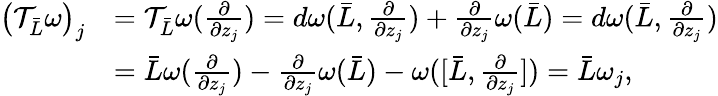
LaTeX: \begin{array}{rl}{\left(\mathcal{T}_{\bar{L}}\omega\right)_{j}}&{=\mathcal{T}_{\bar{L}}\omega(\frac{\partial}{\partial z_{j}})=d\omega(\bar{L},\frac{\partial}{\partial z_{j}})+\frac{\partial}{\partial z_{j}}\omega(\bar{L})=d\omega(\bar{L},\frac{\partial}{\partial z_{j}})}\\ &{=\bar{L}\omega(\frac{\partial}{\partial z_{j}})-\frac{\partial}{\partial z_{j}}\omega(\bar{L})-\omega([\bar{L},\frac{\partial}{\partial z_{j}}])=\bar{L}\omega_{j},}\end{array}